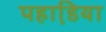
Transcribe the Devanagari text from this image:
पहाडि़या